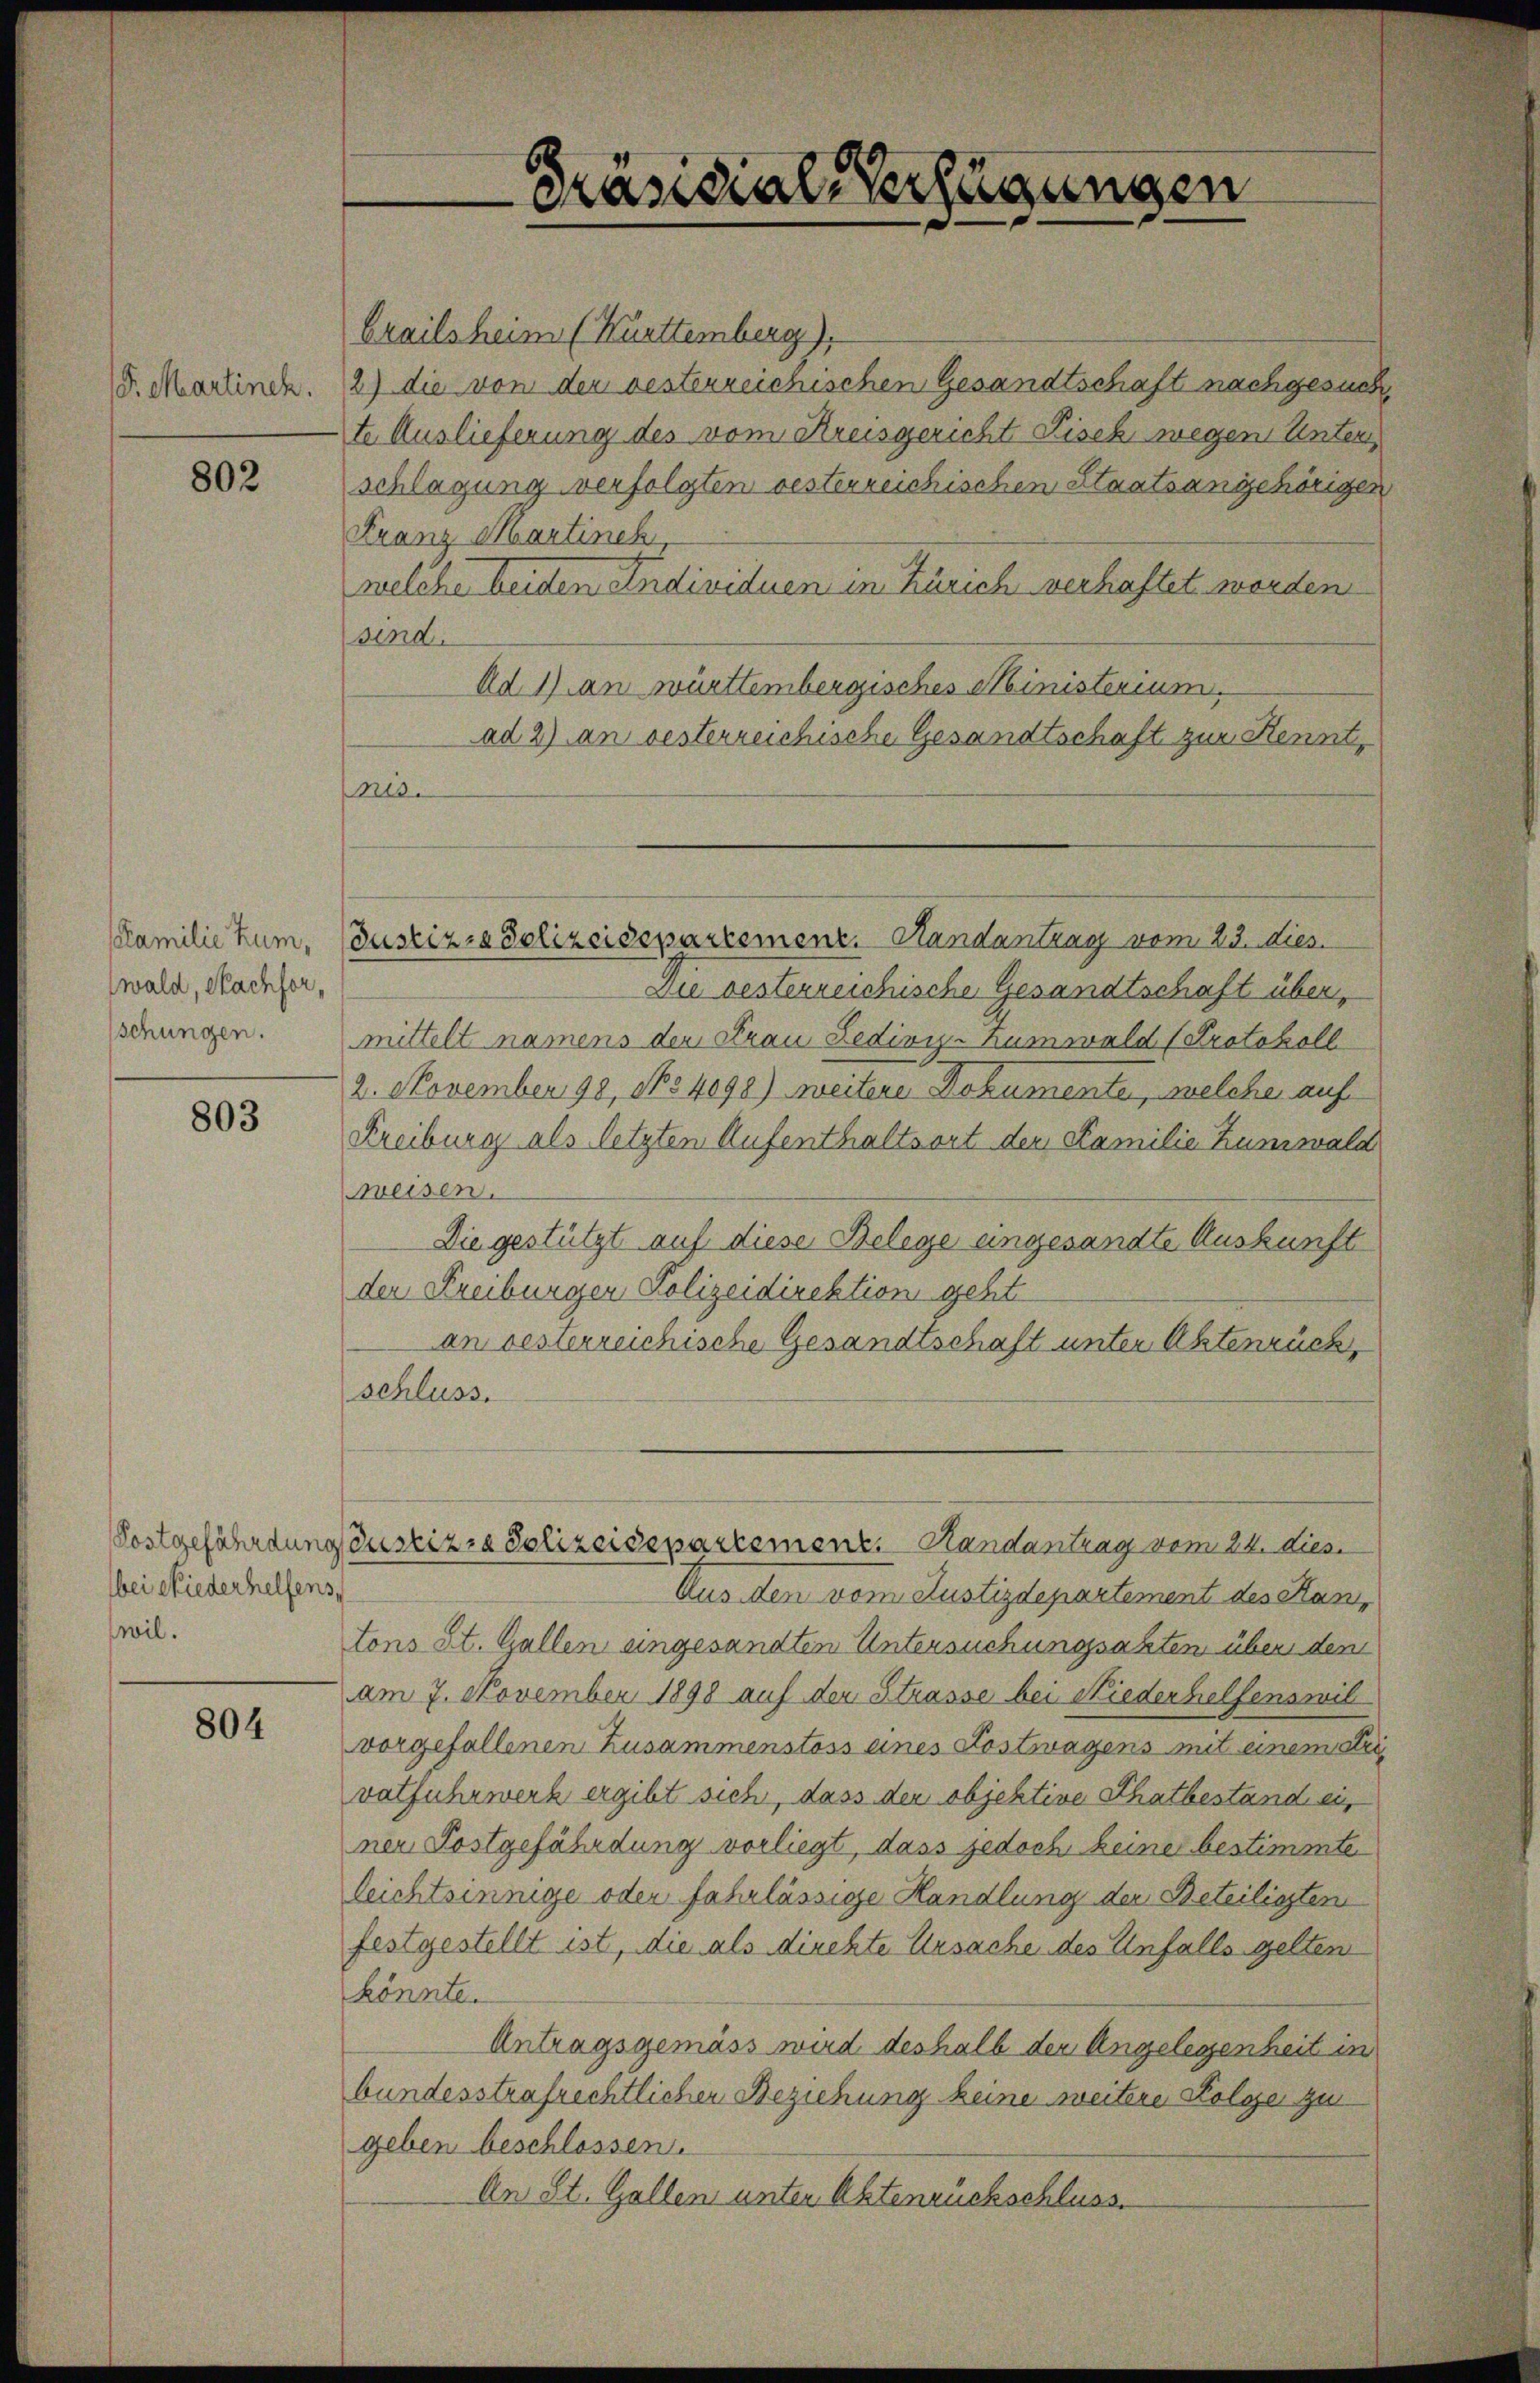
S. Martinek.

802

(Familie Rum,
wald, Nachfor,
schungen.

803

Kostgefährdung
bei Niederhelfens,
wil.

804

Grailsheim (Württemberg),
2) die von der besterreichischen Gesandtschaft nachgesuch,
te Auslieferung des vom Kreisgericht Fisch wegen Unteri
schlagung verfolgten oesterreichischen Staatsangehöriger
Franz Martinek,
welche beiden Individuen in Zürich verhaftet worden
sind.
Ad 1) an württembergisches Ministerium.
ad 2) an besterreichische Gesandtschaft zur Kennt,
Ns.
Die besterreichische Gesandtschaft übermittelt namens der Frau Ledivi-Kumwald (Protokoll
2. November 190, No 4098) weitere Dokumente, welche auf
Kreiburg als letzten Aufenthaltsort der Familie Zumwald
weisen.
Die gestützt auf diese Belege eingesandte Auskunft
der Freiburger Polizeidirektion geht
an besterreichische Gesandtschaft unter Aktenrück,
schluss.
Justizra Polizeisepartemenz, Handantrag vom 24. dies.
Aus den vom Justizdepartement des Hantons St. Gallen eingesandten Untersuchungsakten über dem
am 7. November 1898 auf den Strasse bei Niederhelfensmil
vorgefallenen Zusammenstoss eines Kostwagens mit einemater
vatfuhrwerk ergibt sich, dass der objektive Thatbestand einer Postgefährdung vorliegt, dass jedoch keine bestimmte
leichtsinnige oder fahrlässige Handlung der Beteiligten
festgestellt ist, die als direkte Ursache des Unfalls gelten
könnte.
Antragsgemäss wird deshalb der Angelegenheit in
bundesstrafrechtlicher Beziehung keine weitere Folge zu
geben beschlossen.
An St. Gallen unter Aktenrückschluss.

Präsidial-Verfügungen

Justizra Polizeidepartement. Randantrag vom 23. dies.

7